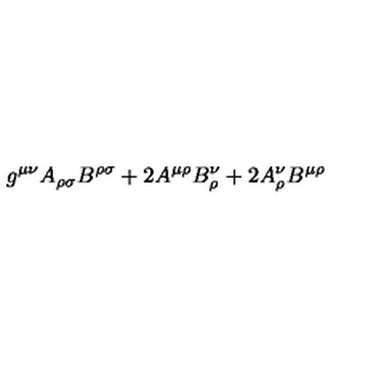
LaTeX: g ^ { \mu \nu } A _ { \rho \sigma } B ^ { \rho \sigma } + 2 A ^ { \mu \rho } B _ { \rho } ^ { \nu } + 2 A _ { \rho } ^ { \nu } B ^ { \mu \rho }